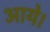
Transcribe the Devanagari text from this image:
अाये।